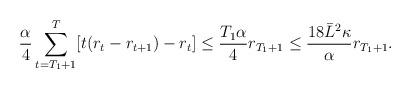
LaTeX: \begin{align*} \frac{\alpha}{4}\sum_{t=T_{1}+1}^{T}[t(r_{t}-r_{t+1})-r_{t}] \leq \frac{T_1\alpha}{4}r_{T_{1}+1}\leq \frac{18\bar{L}^2\kappa}{\alpha}r_{T_{1}+1}.\end{align*}